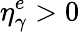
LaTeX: \eta_{\gamma}^{e}>0